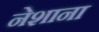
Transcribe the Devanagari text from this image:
नेशाना